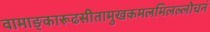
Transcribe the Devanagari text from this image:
वामाङ्कारूढसीतामुखकमलमिलल्लोचनं